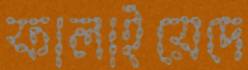
ফালাইয়েদে